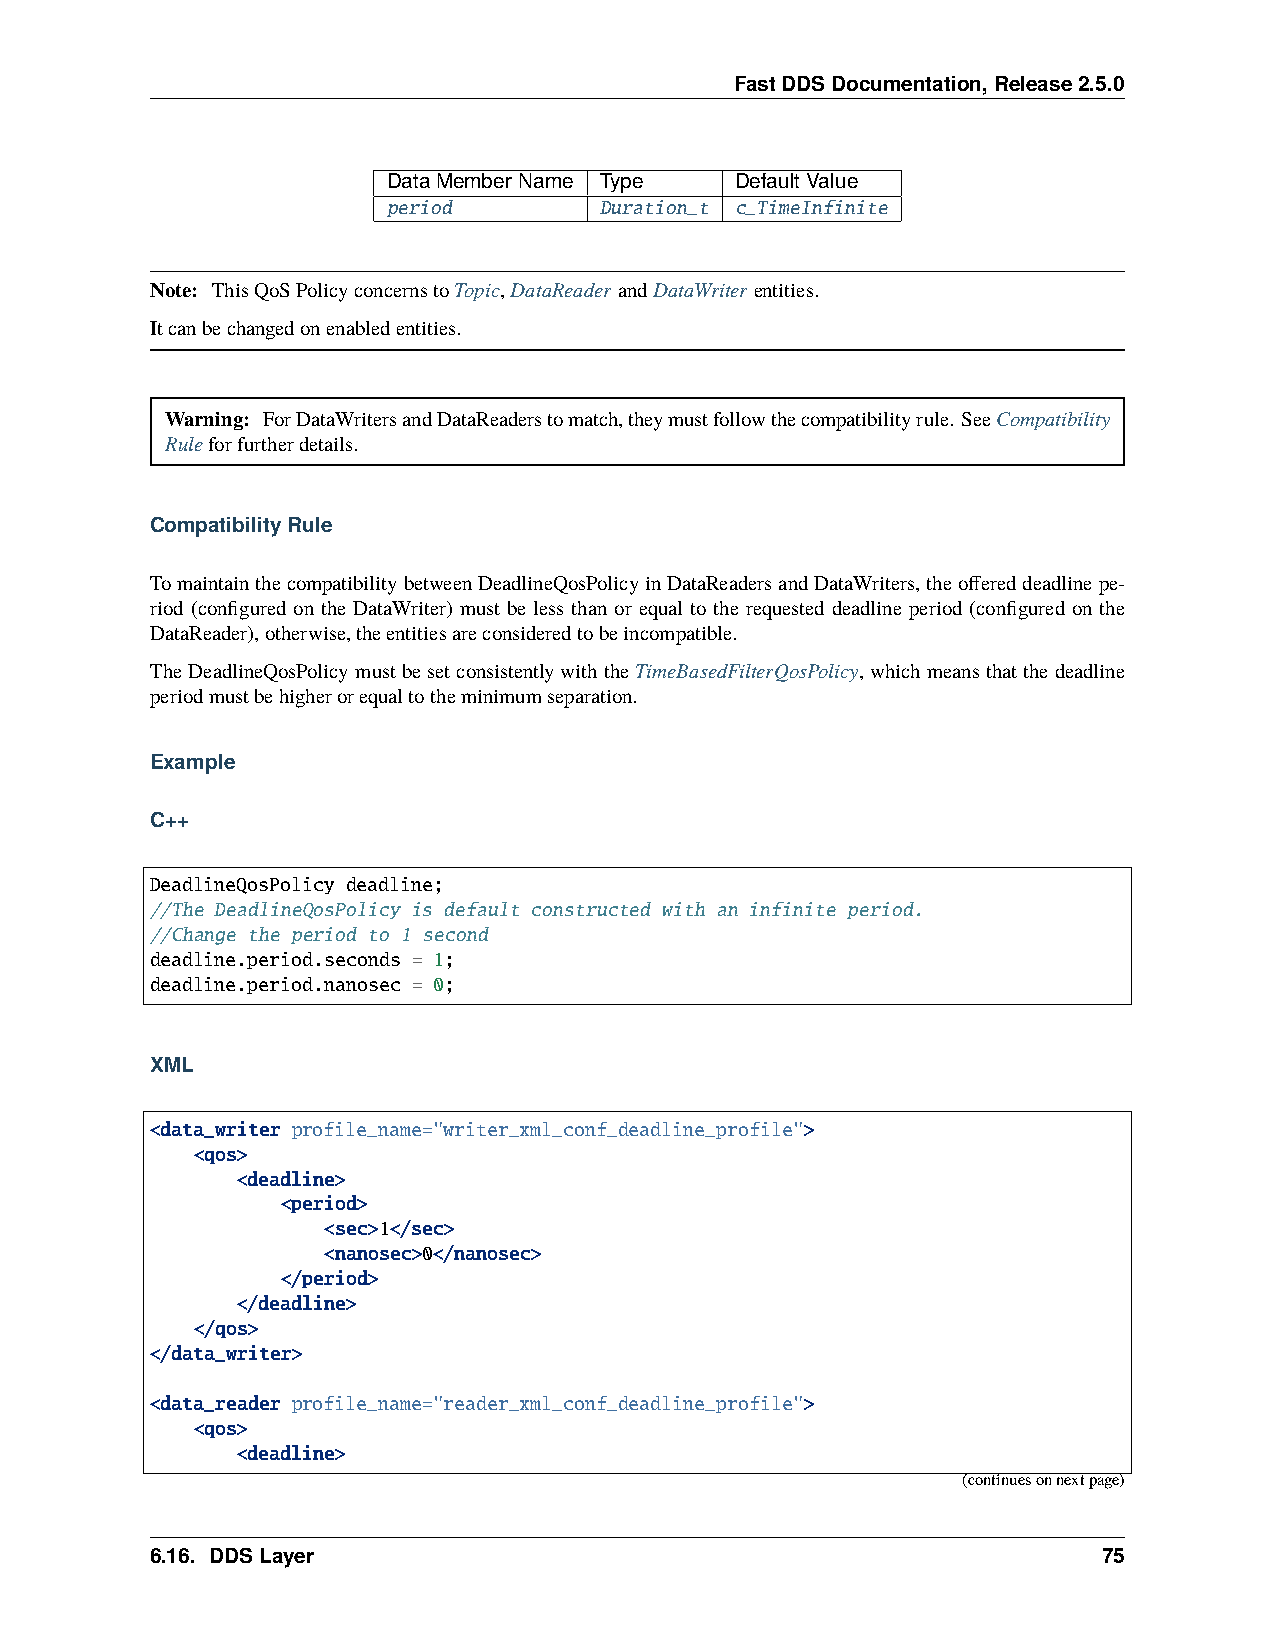
FastDDSDocumentation,Release2.5.0
 DataMemberName Type    DefaultValue
 period        Duration_t c_TimeInfinite
 Note: ThisQoSPolicyconcernstoTopic,DataReaderandDataWriterentities.
 Itcanbechangedonenabledentities.
 Warning: ForDataWritersandDataReaderstomatch,theymustfollowthecompatibilityrule. SeeCompatibility
 Ruleforfurtherdetails.
 CompatibilityRule
 TomaintainthecompatibilitybetweenDeadlineQosPolicyinDataReadersandDataWriters,theoffereddeadlinepe-
 riod (configured on the DataWriter) must be less than or equal to the requested deadline period (configured on the
 DataReader),otherwise,theentitiesareconsideredtobeincompatible.
 TheDeadlineQosPolicymustbesetconsistentlywiththeTimeBasedFilterQosPolicy, whichmeansthatthedeadline
 periodmustbehigherorequaltotheminimumseparation.
 Example
 C++
 DeadlineQosPolicy deadline;
 //The DeadlineQosPolicy is default constructed with an infinite period.
 //Change the period to 1 second
 deadline.period.seconds = 1;
 deadline.period.nanosec = 0;
 XML
 <data_writer profile_name="writer_xml_conf_deadline_profile">
 <qos>
 <deadline>
 <period>
 <sec>1</sec>
 <nanosec>0</nanosec>
 </period>
 </deadline>
 </qos>
 </data_writer>
 <data_reader profile_name="reader_xml_conf_deadline_profile">
 <qos>
 <deadline>
 (continuesonnextpage)
 6.16. DDSLayer                                                 75